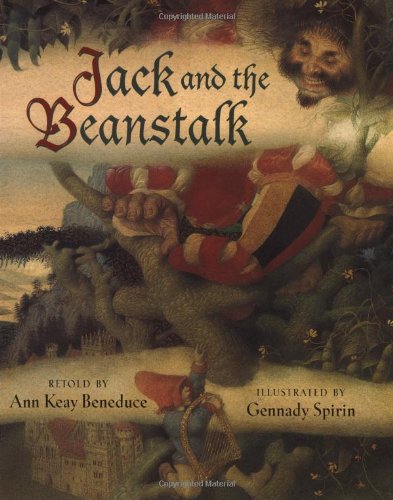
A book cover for Jack and the Beanstalk; Ann Keay Beneduce; Children's Books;